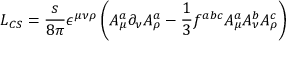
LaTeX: L _ { C S } = \frac s { 8 \pi } \epsilon ^ { \mu \nu \rho } \left( A _ { \mu } ^ { a } \partial _ { \nu } A _ { \rho } ^ { a } - \frac 1 3 f ^ { a b c } A _ { \mu } ^ { a } A _ { \nu } ^ { b } A _ { \rho } ^ { c } \right)